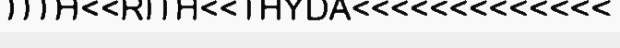
TITH<<RITH<<THYDA<<<<<<<<<<<<<